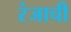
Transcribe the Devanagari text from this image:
रंजाची